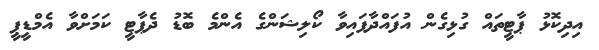
އިދިކޮޅު ޕާޓީތައް ގުޅިގެން އުފައްދާފައިވާ ކޯލިޝަންގެ އެންމެ ބޮޑު ދެޕާޓީ ކަމަށްވާ އެމްޑީޕީ